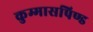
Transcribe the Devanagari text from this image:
कुम्मासपिण्ड